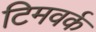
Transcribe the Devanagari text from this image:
टिमवर्क